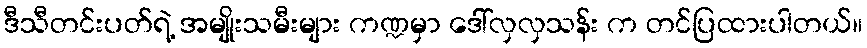
ဒီသီတင်းပတ်ရဲ့ အမျိုးသမီးများ ကဏ္ဍမှာ ဒေါ်လှလှသန်း က တင်ပြထားပါတယ်။